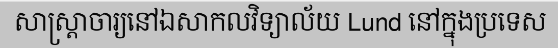
សាស្ត្រាចារ្យនៅឯសាកលវិទ្យាល័យ Lund នៅក្នុងប្រទេស